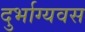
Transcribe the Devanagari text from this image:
दुर्भाग्यवस